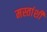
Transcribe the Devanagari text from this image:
मस्तांशी